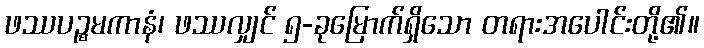
ဖဿပဉ္စမကာနံ၊ ဖဿလျှင် ၅-ခုမြောက်ရှိသော တရားအပေါင်းတို့၏။